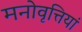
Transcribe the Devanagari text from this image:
मनोवृत्तियां